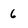
Character: 6